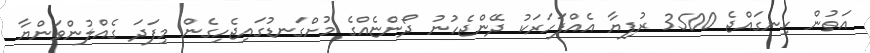
އަތުން ހިނގައްޖެ 3500 ރުފިޔާ އެއްފަހަރަކު ދޭންޖެހުނު ދޯންޏެއްގެ މުށްގަނޑުގައިޖެހިގެން މިފަދަ ގެއްލުންވަންޔާ